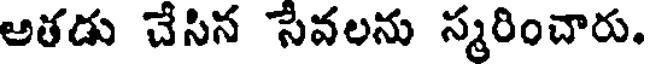
అతడు చేసిన సేవలను స్మరించారు.